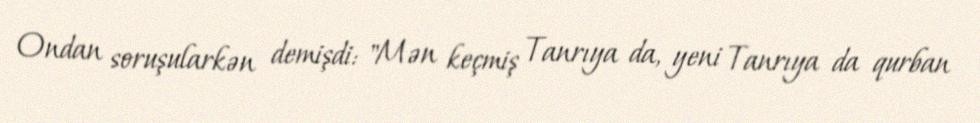
Ondan soruşularkən demişdi: "Mən keçmiş Tanrıya da, yeni Tanrıya da qurban